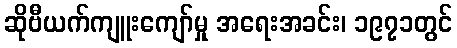
ဆိုဗီယက်ကျူးကျော်မှု အရေးအခင်း၊ ၁၉၇၁တွင်